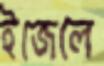
ইজেলে